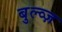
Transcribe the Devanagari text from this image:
बुल्व्ज़